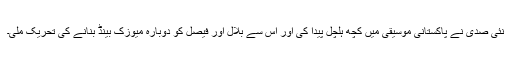
نئی صدی نے پاکستانی موسیقی میں کچھ ہلچل پیدا کی اور اس سے بلال اور فیصل کو دوبارہ میوزک بینڈ بنانے کی تحریک ملی۔